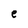
Character: e